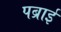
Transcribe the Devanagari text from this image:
पब्राई